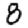
Digit: 8